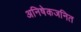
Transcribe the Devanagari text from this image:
अनिषेकजनित